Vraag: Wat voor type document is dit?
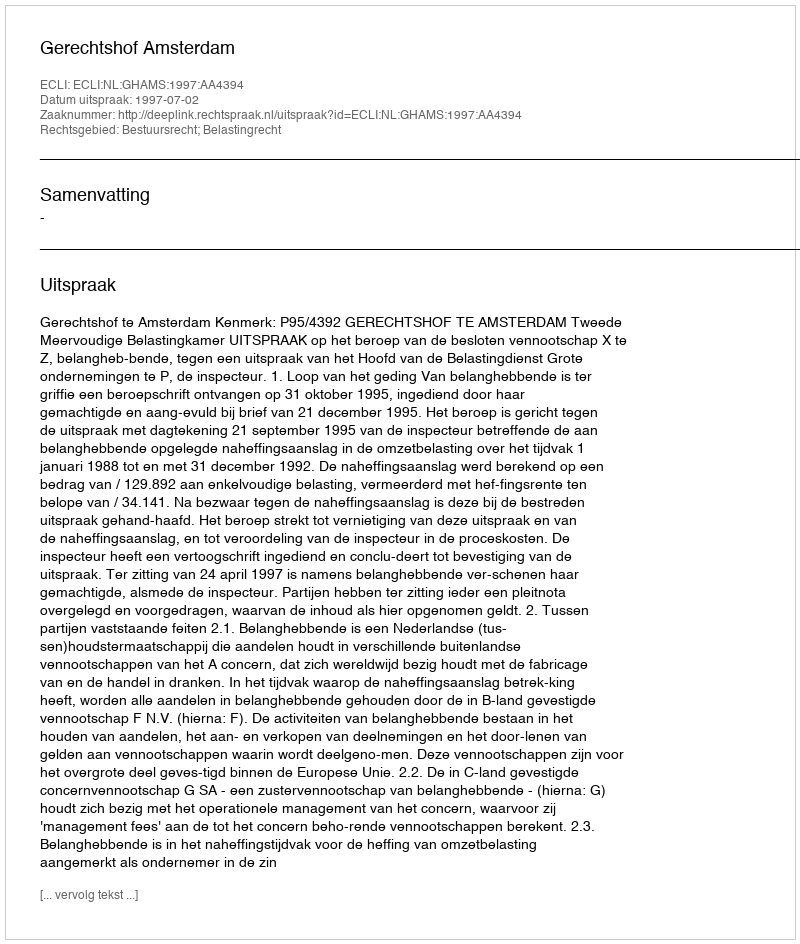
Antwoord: Uitspraak